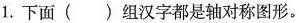
1. 下面 ( ) 组汉字都是轴对称图形。